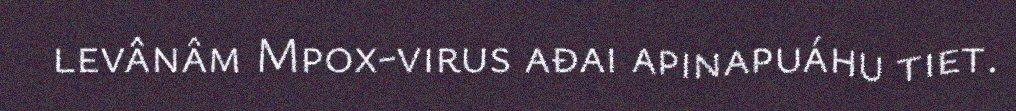
levânâm Mpox-virus ađai apinapuáhu tiet.